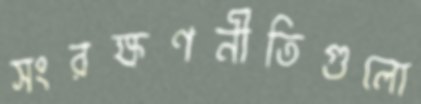
সংরক্ষণনীতিগুলো